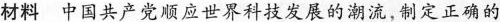
材料 中国共产党顺应世界科技发展的潮流，制定正确的